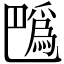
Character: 𢁍